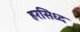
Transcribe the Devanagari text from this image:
हरसिध्द